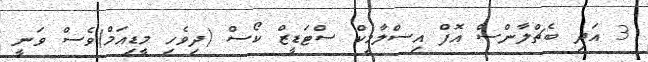
3 އަދި ބެޗްލާންސް އޮފް އިސްލާމިކް ސްޓަޑީޒް ކޯސް (ދިވެހި މީޑިއަމް)ވެސް ވަނީ